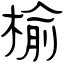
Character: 榆